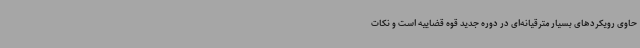
حاوی رویکردهای بسیار مترقیانه‌ای در دوره جدید قوه قضاییه است و نکات